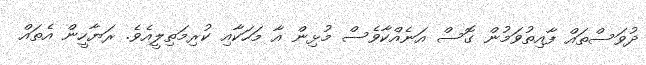
ދުވަސްތައް ފާއިތުވަމުން ގޮސް އަނެއްކާވެސް މުޅިން އާ މަހަކާއި ކުރިމަތިލީއެވެ. ރަޔާހީން އެތައް